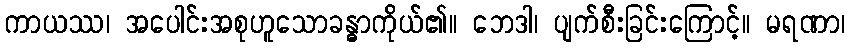
ကာယဿ၊ အပေါင်းအစုဟူသောခန္ဓာကိုယ်၏။ ဘေဒါ၊ ပျက်စီးခြင်းကြောင့်။ မရဏာ၊